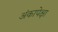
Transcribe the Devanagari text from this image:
अंकापेक्षा